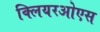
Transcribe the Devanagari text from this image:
क्लियरओएस